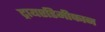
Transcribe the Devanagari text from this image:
ट्रायएडिमीफान